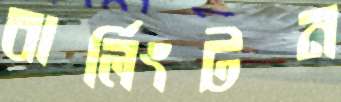
বার্লিংটন